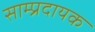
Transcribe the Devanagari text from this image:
साम्प्रदायक